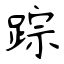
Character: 踪